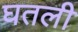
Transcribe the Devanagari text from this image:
घतली